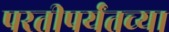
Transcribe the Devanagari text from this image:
परतीपर्यंतच्या